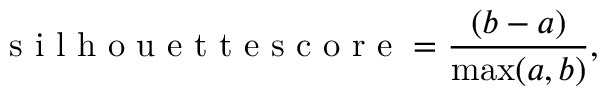
\mathrm { ~ s ~ i ~ l ~ h ~ o ~ u ~ e ~ t ~ t ~ e ~ s ~ c ~ o ~ r ~ e ~ } = \frac { ( b - a ) } { \operatorname* { m a x } ( a , b ) } ,